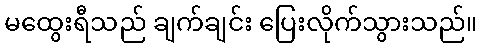
မထွေးရီသည် ချက်ချင်း ပြေးလိုက်သွားသည်။